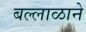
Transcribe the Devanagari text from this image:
बल्लाळाने